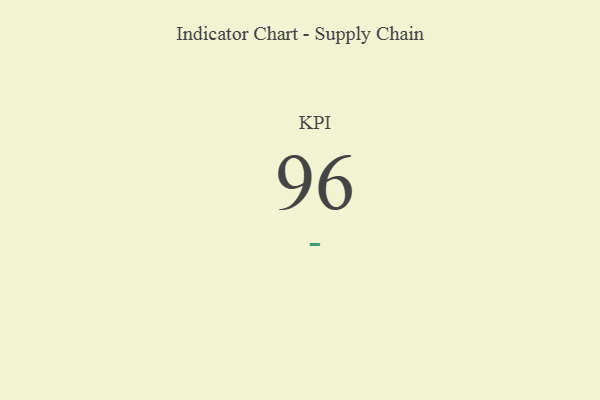
{"axis": {"x": "KPI", "y": "Value"}, "legend": [""], "data": [{"x": "KPI", "y": 96, "type": ""}]}